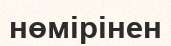
нөмірінен